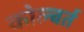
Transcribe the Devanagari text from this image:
कोल्बर्त